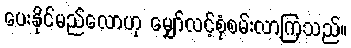
ပေးနိုင်မည်လောဟု မျှော်လင့်စုံစမ်းလာကြသည်။